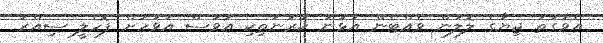
އެވަގުތު ޖިޔާގެ ލޮލުން ވެއްޓެން އުޅުނު ކަރުނަތިކި އަވަސް އަވަހަށް ފޮހެލީ ސިއްރު